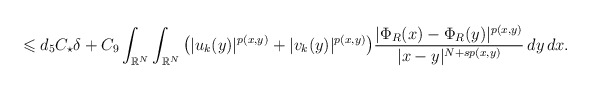
\begin{align*} &\leqslant d_5C_{\star}\delta + C_{9} \int_{\mathbb{R}^{N}}\int_{\mathbb{R}^{N}}\big(|u_k(y)|^{p(x,y)}+ |v_k(y)|^{p(x,y)}\big)\frac{|\Phi_{R}(x)-\Phi_{R}(y)|^{p(x,y)}}{|x-y|^{N+sp(x,y)}}\,dy\,dx. \end{align*}